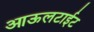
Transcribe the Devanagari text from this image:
आऊलटाईट